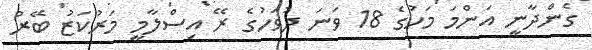
ގެންދާނީ އަންމަ މަހުގެ 18 ވަނަ ދުވަހުގެ ރޭ އިސްލާމީ މަރުކަޒު ބޭރު